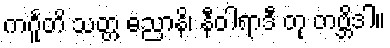
ကင်္ဂူတိ သတ္တ ဓညာနိ၊ နီဝါရာဒီ တု တဗ္ဘိဒါ။